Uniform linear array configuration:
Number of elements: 12
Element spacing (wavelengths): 0.25
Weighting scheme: hann
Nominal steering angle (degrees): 15
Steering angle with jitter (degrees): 14.532
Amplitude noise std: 0.05
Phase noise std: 0.05

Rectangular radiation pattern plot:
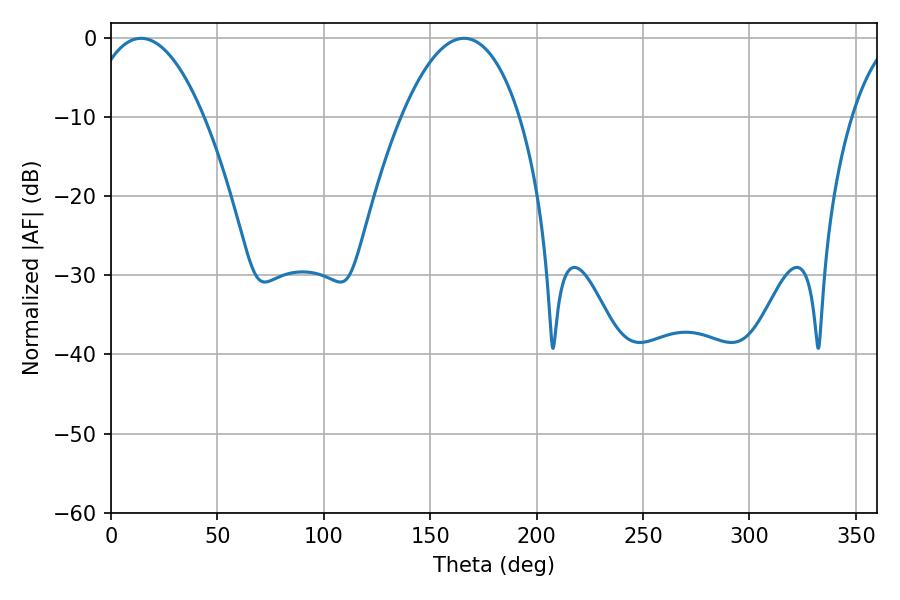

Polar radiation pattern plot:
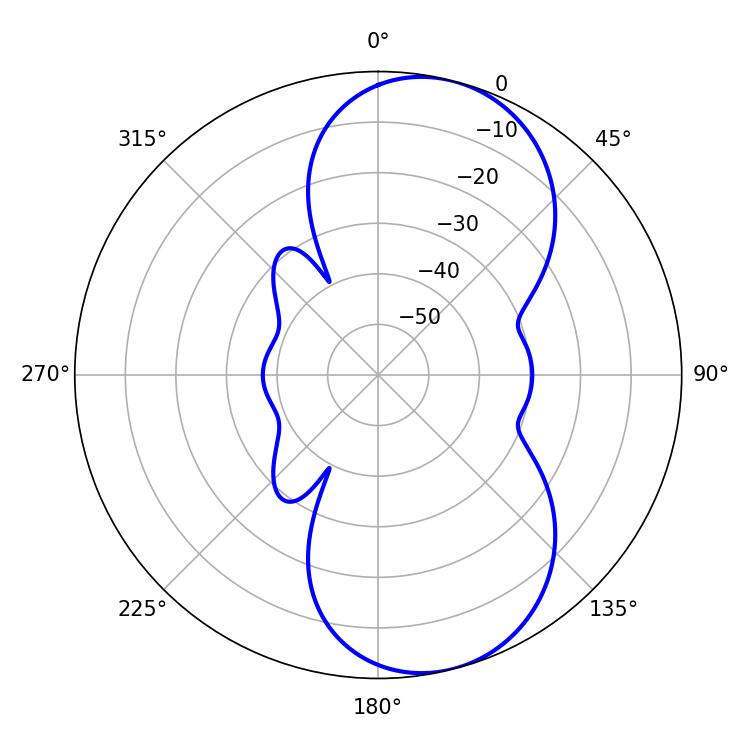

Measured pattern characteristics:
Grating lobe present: FALSE
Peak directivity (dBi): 8.33
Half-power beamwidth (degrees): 30.06
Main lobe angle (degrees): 14.04